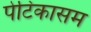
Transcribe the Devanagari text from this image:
पेटिकासम